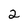
Character: 2